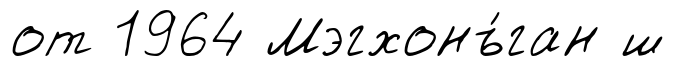
от 1964 Мэгхонъ́ган ш